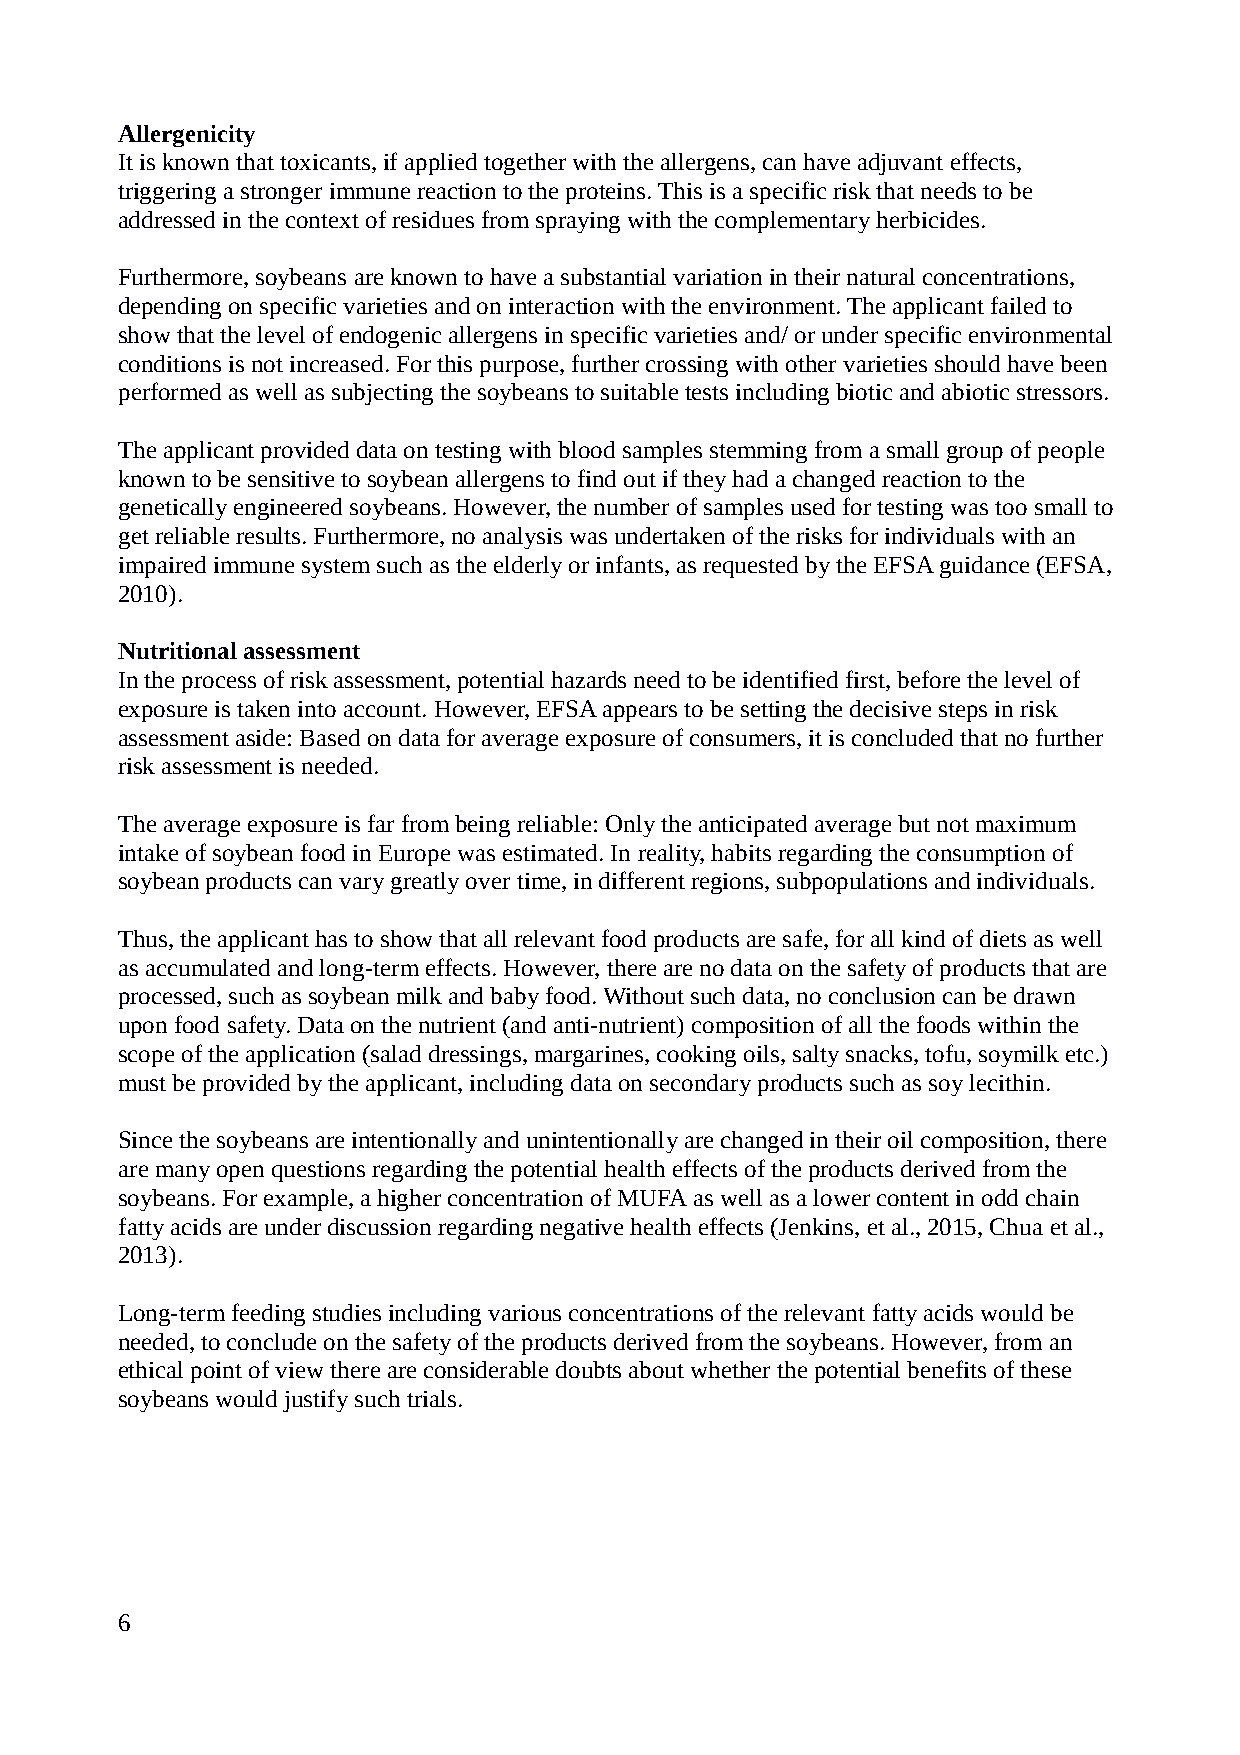
Allergenicity
 It is known that toxicants, if applied together with the allergens, can have adjuvant effects,
 triggering a stronger immune reaction to the proteins. This is a specific risk that needs to be
 addressed in the context of residues from spraying with the complementary herbicides.
 Furthermore, soybeans are known to have a substantial variation in their natural concentrations,
 depending on specific varieties and on interaction with the environment. The applicant failed to
 show that the level of endogenic allergens in specific varieties and/ or under specific environmental
 conditions is not increased. For this purpose, further crossing with other varieties should have been
 performed as well as subjecting the soybeans to suitable tests including biotic and abiotic stressors.
 The applicant provided data on testing with blood samples stemming from a small group of people
 known to be sensitive to soybean allergens to find out if they had a changed reaction to the
 genetically engineered soybeans. However, the number of samples used for testing was too small to
 get reliable results. Furthermore, no analysis was undertaken of the risks for individuals with an
 impaired immune system such as the elderly or infants, as requested by the EFSA guidance (EFSA,
 2010).
 Nutritional assessment
 In the process of risk assessment, potential hazards need to be identified first, before the level of
 exposure is taken into account. However, EFSA appears to be setting the decisive steps in risk
 assessment aside: Based on data for average exposure of consumers, it is concluded that no further
 risk assessment is needed.
 The average exposure is far from being reliable: Only the anticipated average but not maximum
 intake of soybean food in Europe was estimated. In reality, habits regarding the consumption of
 soybean products can vary greatly over time, in different regions, subpopulations and individuals.
 Thus, the applicant has to show that all relevant food products are safe, for all kind of diets as well
 as accumulated and long-term effects. However, there are no data on the safety of products that are
 processed, such as soybean milk and baby food. Without such data, no conclusion can be drawn
 upon food safety. Data on the nutrient (and anti-nutrient) composition of all the foods within the
 scope of the application (salad dressings, margarines, cooking oils, salty snacks, tofu, soymilk etc.)
 must be provided by the applicant, including data on secondary products such as soy lecithin.
 Since the soybeans are intentionally and unintentionally are changed in their oil composition, there
 are many open questions regarding the potential health effects of the products derived from the
 soybeans. For example, a higher concentration of MUFA as well as a lower content in odd chain
 fatty acids are under discussion regarding negative health effects (Jenkins, et al., 2015, Chua et al.,
 2013).
 Long-term feeding studies including various concentrations of the relevant fatty acids would be
 needed, to conclude on the safety of the products derived from the soybeans. However, from an
 ethical point of view there are considerable doubts about whether the potential benefits of these
 soybeans would justify such trials.
 6